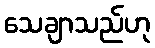
သေချာသည်ဟု